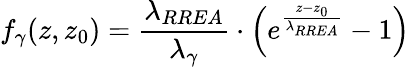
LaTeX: f_{\gamma}(z,z_{0})=\frac{\lambda_{RREA}}{\lambda_{\gamma}}\cdot\left(e^{\frac{z-z_{0}}{\lambda_{RREA}}}-1\right)